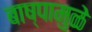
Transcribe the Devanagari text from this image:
बाष्पामुळे